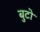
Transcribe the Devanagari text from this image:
बुटो